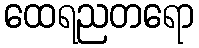
ထေရညတရော